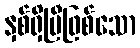
နှစ်ရှိပြီဖြစ်သော